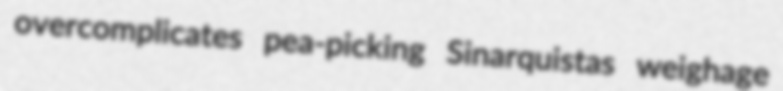
overcomplicates pea-picking Sinarquistas weighage